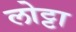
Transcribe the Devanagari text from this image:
लोट्टा